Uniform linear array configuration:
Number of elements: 16
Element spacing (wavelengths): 0.5
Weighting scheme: binomial
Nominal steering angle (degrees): -60
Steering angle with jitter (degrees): -60.778
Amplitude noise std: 0.05
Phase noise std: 0.05

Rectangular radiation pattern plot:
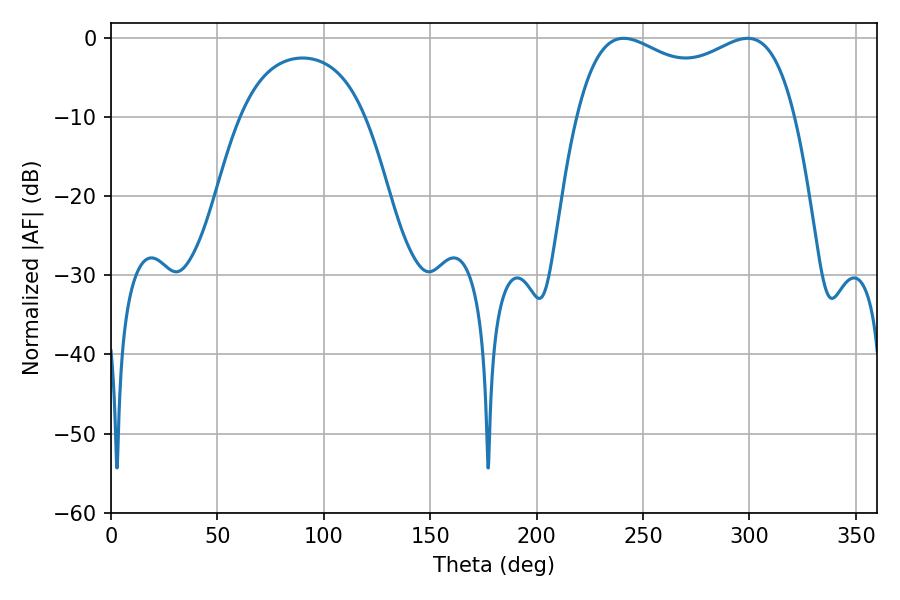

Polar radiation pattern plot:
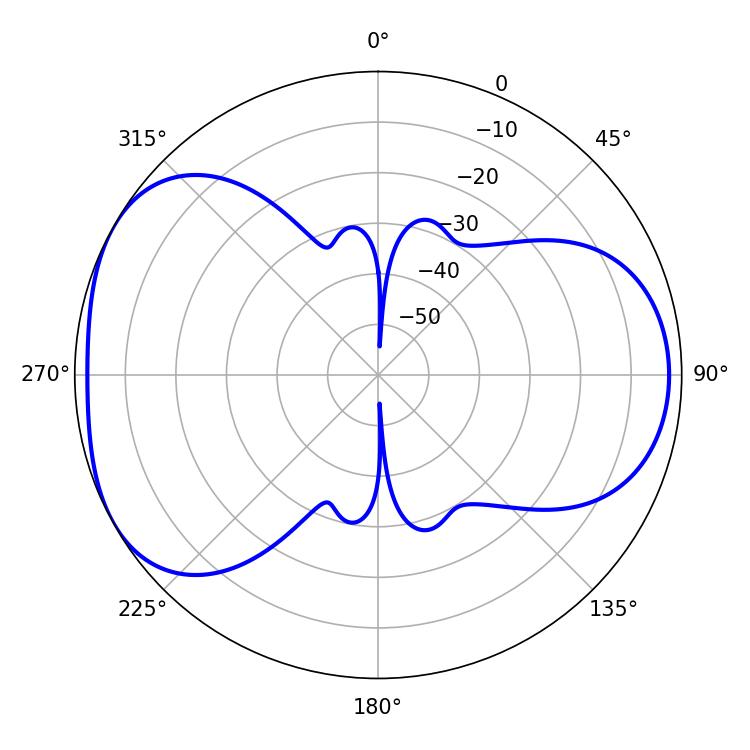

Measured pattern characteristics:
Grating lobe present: FALSE
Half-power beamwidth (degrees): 84.96
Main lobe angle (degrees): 299.16